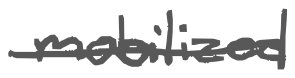
Text: mobilized
Cross-out: single-line
Writing tool: digital_gray